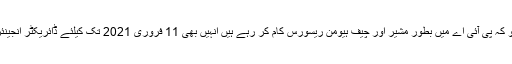
ایئر وائس مارشل شعبان نذیر سید جو کہ پی آئی اے میں بطور مشیر اور چیف ہیومن ریسورس کام کر رہے ہیں انہیں بھی 11 فروری 2021 تک کیلئے ڈائریکٹر انجینئرنگ کمپلیکس تعینات کیا جائے گا۔